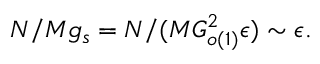
N / M g _ { s } = N / ( M G _ { o ( 1 ) } ^ { 2 } \epsilon ) \sim \epsilon .